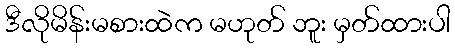
ဒီလိုမိန်းမစားထဲက မဟုတ် ဘူး မှတ်ထားပါ